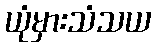
ယုံမှားသံသယ